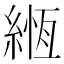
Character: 緪